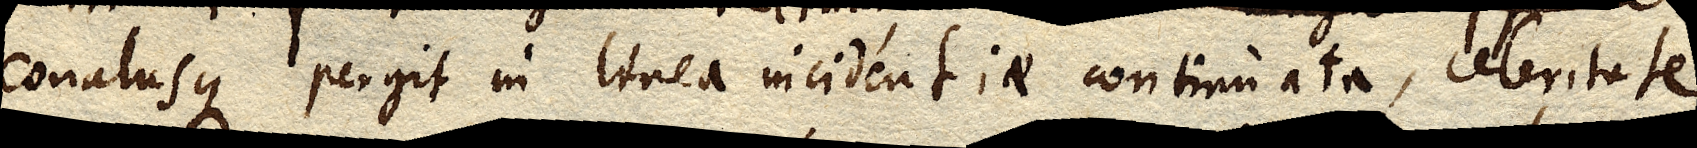
conatusque pergit in linea incidentiae continuata, celeritate